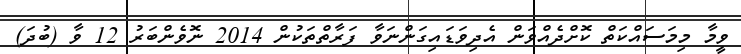
ވީމާ މިމަސައްކަތް ކޮށްދެއްވަން އެދިވަޑައިގަންނަވާ ފަރާތްތަކުން 2014 ނޮވެންބަރު 12 ވާ (ބުދަ)